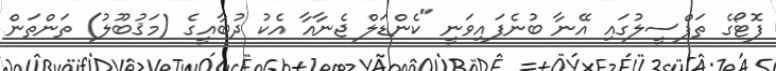
ފޮޓޯގެ ތަފްސީލުގައި އޭނާ ބުނެފައިވަނީ "ކެންޑަލް ޖެނާއާ އެކު ދުބާއީގެ (މަޤުބޫލު) ތަންތަން